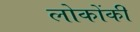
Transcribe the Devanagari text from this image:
लोकोंकी